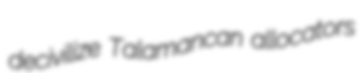
decivilize Talamancan allocators